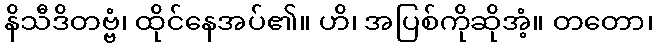
နိသီဒိတဗ္ဗံ၊ ထိုင်နေအပ်၏။ ဟိ၊ အပြစ်ကိုဆိုအံ့။ တတော၊